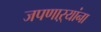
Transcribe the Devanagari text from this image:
जपणाऱ्यांना